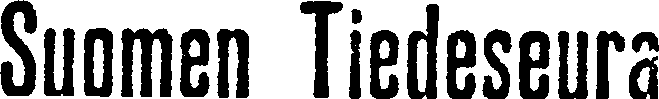
Suomen Tiedeseura